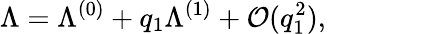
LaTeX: \Lambda=\Lambda^{(0)}+q_{1}\Lambda^{(1)}+\mathcal{O}(q_{1}^{2}),~~~~~~~~~~~~~~